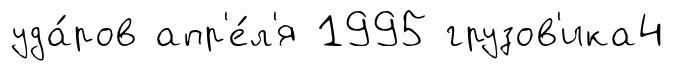
уда́ров апр'е́л'я 1995 грузов'ика4